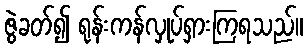
ဇွဲခတ်၍ ရုန်းကန်လှုပ်ရှားကြရသည်။